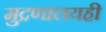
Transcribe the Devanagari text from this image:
मुद्रणालयही